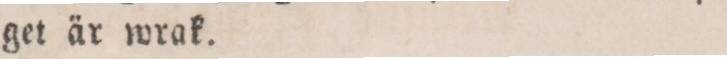
get är wrak.